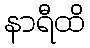
နာရီထိ